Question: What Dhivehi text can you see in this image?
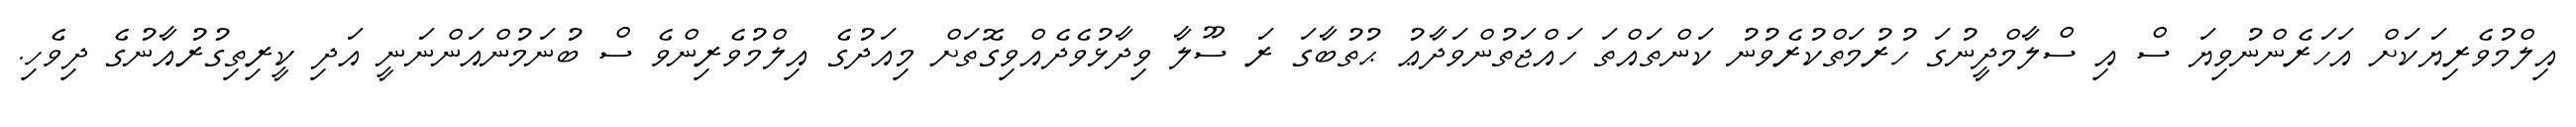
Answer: އިލްމުވެރިޔަކަށް އަހަރެންނުވިޔަ ސް އި ސްލާމްދީނުގަ ހުރުމަތްކުރެވުނު ކަންތައްތަ ހައްޖަތުންވަދާޢު ޙުތުބާގަ ރަ ސޫލާ ވިދާޅުވެދެއްވިގޮތަށް މިއަދުގެ އިލްމުވެރިންވެ ސް ބުނަމުންއަންނަނީ އަދި ކީރިތިގުރުއާނުގެ ދިވެހި.